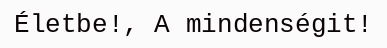
Életbe!, A mindenségit!